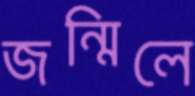
জন্মিলে